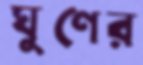
ঘুণের